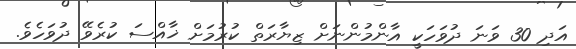
އަދި 30 ވަނަ ދުވަހަކީ އާންމުންނަށް ޒިޔާރަތް ކުރުމަށް ޚާއްސަ ކުރެވޭ ދުވަހެވެ.